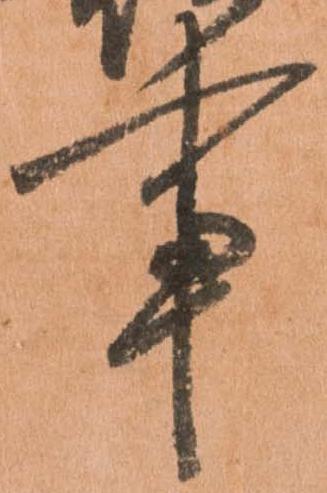
事